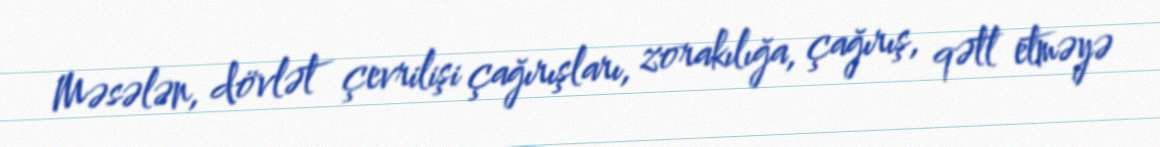
Məsələn, dövlət çevrilişi çağırışları, zorakılığa, çağırış, qətl etməyə